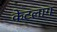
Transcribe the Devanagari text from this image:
केटलाग